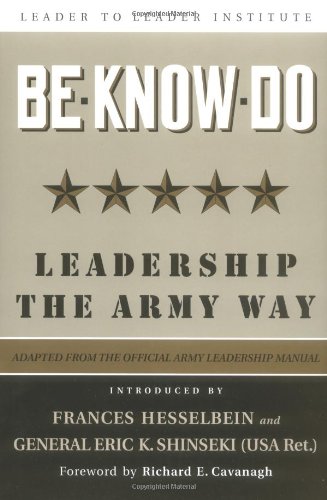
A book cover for Be, Know, Do: Leadership the Army Way: Adapted from the Official Army Leadership Manual; U.S. Army; Biographies & Memoirs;